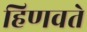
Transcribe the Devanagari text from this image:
हिणवते